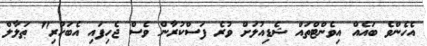
އެހެންވެ ބައެއް އިވެންޓްތައް ޝެޑިއުލަަށް ވުރެ ފަސްކުރާން ވެސް ޖެހިފައި އެބަހުރި" ޠަލާލް